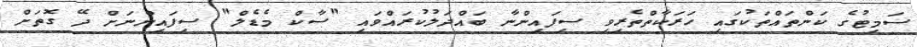
ސަމިޓުގެ ކަންތައްތަކުގައި ހަރަކާތްތެރިވި ސިފައިންނާ ބައްދަލުކުރައްވައި "ސާކް މެޑެލް" ސިފައިންނަށް ދޭ ގޮތަށް